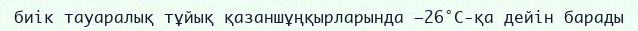
биік тауаралық тұйық қазаншұңқырларында –26°С-қа дейін барады